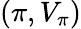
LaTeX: (\pi,V_{\pi})